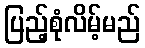
ပြည့်စုံလိမ့်မည်